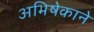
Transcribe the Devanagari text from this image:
अभिषेकाने